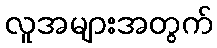
လူအများအတွက်